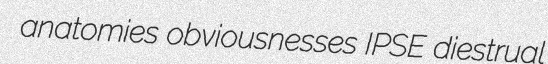
anatomies obviousnesses IPSE diestrual